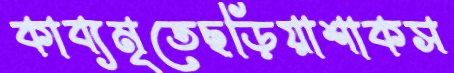
কাব্যমৃতেছড়িয়াশাকস